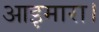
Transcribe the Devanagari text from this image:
आइमारा।